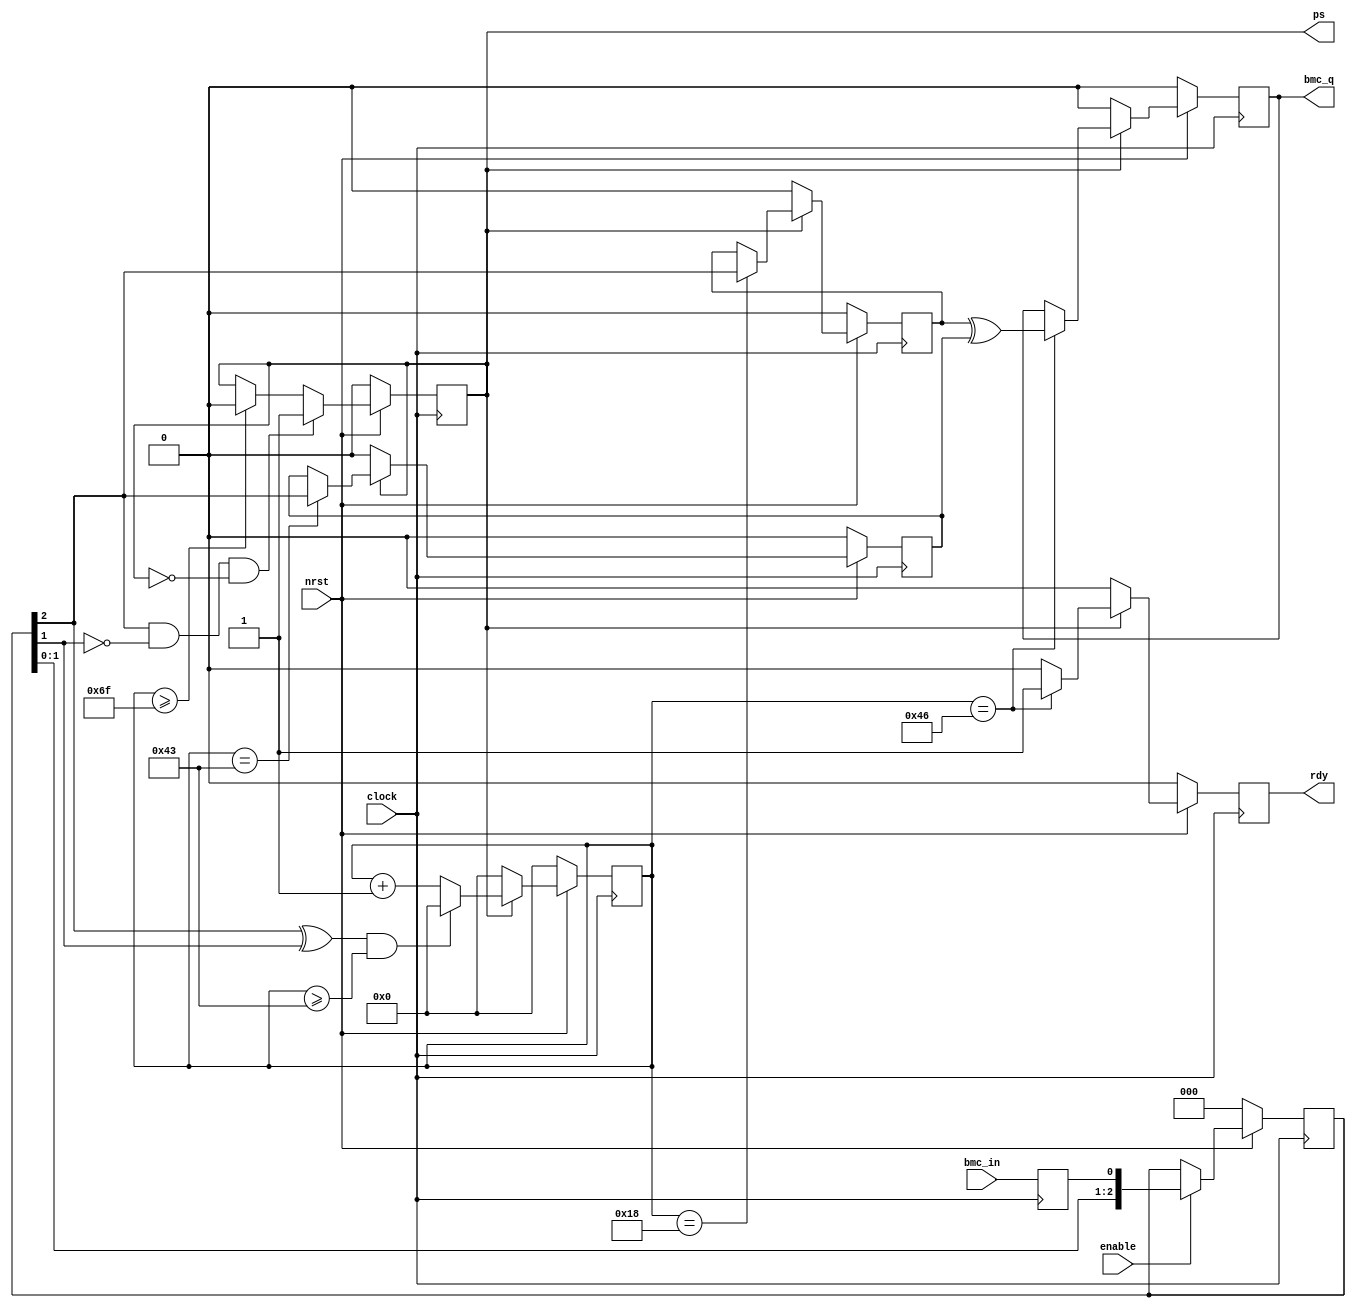
// This program was cloned from: https://github.com/briansune/USB-PD-3.1-Verilog
// License: MIT License

//  ____         _                ____                      
// | __ )  _ __ (_)  __ _  _ __  / ___|  _   _  _ __    ___ 
// |  _ \ | '__|| | / _` || '_ \ \___ \ | | | || '_ \  / _ \
// | |_) || |   | || (_| || | | | ___) || |_| || | | ||  __/
// |____/ |_|   |_| \__,_||_| |_||____/  \__,_||_| |_| \___|
//                                                          
// Programed By: BrianSune
// Contact: briansune@gmail.com
// 


`timescale 1ns/1ps

module bmc_decoder#(
	parameter system_khz = 30000
)(
	
	input	nrst,
	input	clock,
	input	enable,
	
	input	bmc_in,
	output	rdy,
	output	ps,
	output	bmc_q
);
	localparam divider_fac = system_khz / 300;
	localparam	[11 : 0] divider = divider_fac - 1;
	localparam	[11 : 0] pre_trigger = (divider_fac * 2 / 8) - 1;
	localparam	[11 : 0] pos_trigger = (divider_fac * 55 / 80) - 1;
	localparam	[11 : 0] data_latch = (divider_fac * 57 / 80) - 1;
	localparam	[11 : 0] ov_cnt = (divider_fac * 9 / 8) - 1;
	
	reg		[11 : 0]	cken_cnt;
	
	reg					bit_in;
	reg		[2 : 0]		bit_cdc;
	
	reg					packet_start;
	reg					rdy_r;
	
	reg					pre_bit;
	reg					pos_bit;
	reg					bmc_qo;
	
	// ================================================
	// CDC
	// ================================================
	always@(posedge clock)begin
		bit_in <= bmc_in;
	end
	
	always@(posedge clock)begin
		if(!nrst)begin
			bit_cdc <= 2'b00;
		end else if(enable)begin
			bit_cdc <= {bit_cdc[1 : 0], bit_in};
		end
	end
	// ================================================
	
	always@(posedge clock)begin
		if(!nrst)begin
			packet_start <= 1'b0;
		end else begin
			if(bit_cdc[2] & !bit_cdc[1] & !packet_start)
				packet_start <= 1'b1;
			else if(cken_cnt >= ov_cnt)
				packet_start <= 1'b0;
		end
	end
	
	always@(posedge clock)begin
		if(!nrst)begin
			rdy_r <= 1'b0;
		end else if(packet_start)begin
			if(cken_cnt == data_latch)
				rdy_r <= 1'b1;
			else
				rdy_r <= 1'b0;
		end else begin
			rdy_r <= 1'b0;
		end
	end
	
	always@(posedge clock)begin
		if(!nrst)begin
			cken_cnt <= 12'd0;
		end else if(packet_start)begin
			if( (bit_cdc[2] ^ bit_cdc[1]) && cken_cnt >= pos_trigger)begin
				cken_cnt <= 12'd0;
			end else begin
				cken_cnt <= cken_cnt + 12'd1;
			end
		end else begin
			cken_cnt <= 12'd0;
		end
	end
	
	always@(posedge clock)begin
		if(!nrst)begin
			pre_bit <= 1'b0;
			pos_bit <= 1'b0;
		end else if(packet_start)begin
			if(cken_cnt == pre_trigger)
				pre_bit <= bit_cdc[2];
			
			if(cken_cnt == pos_trigger)
				pos_bit <= bit_cdc[2];
		end else begin
			pre_bit <= 1'b0;
			pos_bit <= 1'b0;
		end
	end
	
	always@(posedge clock)begin
		if(!nrst)begin
			bmc_qo <= 1'b0;
		end else if(packet_start)begin
			if(cken_cnt == data_latch)
				bmc_qo <= pre_bit ^ pos_bit;
		end else begin
			bmc_qo <= 1'b0;
		end
	end
	
	assign bmc_q = bmc_qo;
	assign ps = packet_start;
	assign rdy = rdy_r;
	
endmodule